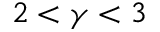
2 < \gamma < 3